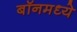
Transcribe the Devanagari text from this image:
बॉनमध्ये